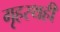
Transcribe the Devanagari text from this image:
गृहस्थही